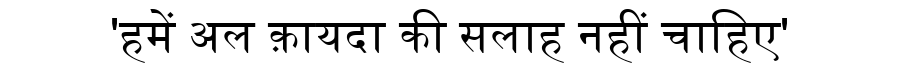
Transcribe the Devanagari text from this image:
'हमें अल क़ायदा की सलाह नहीं चाहिए'